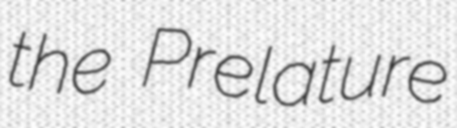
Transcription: the Prelature